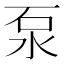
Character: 泵